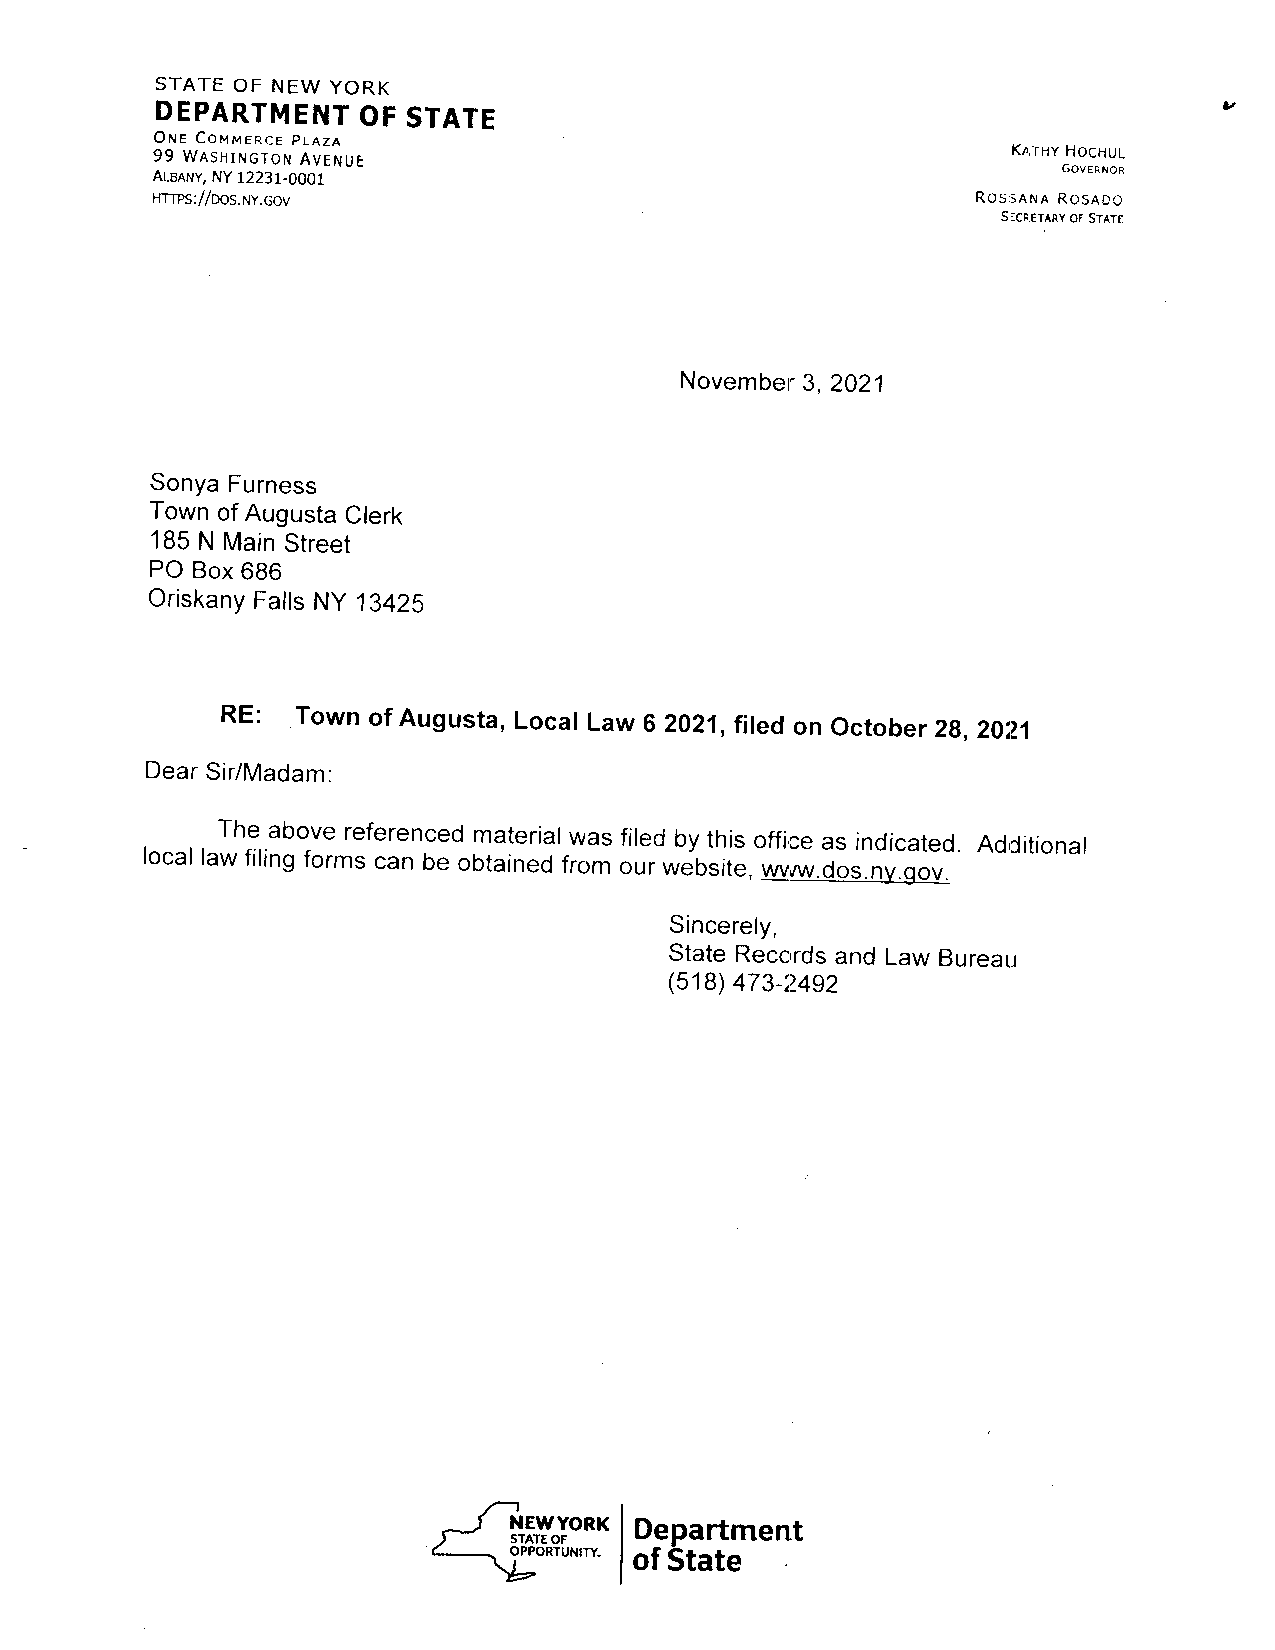
STATE OF NEW YORK
 DEPARTMENOTF
 S TATE
 OrueC ourqrncEp LAzA
 99 WASHINGTOANV ENUE                                     K,.THYH ocHUL
 ALBANNy,Y 12231-0001                                        GoV ER N oR
 HTTps://Dos.Ny.cov                                     ROssANAR OSAOC
 SEcT.ETAoRFSy T^TE
 Novembe3r ,2021
 SonyaF urness
 Towno f AugustaC lerk
 185N MainS treet
 PO Box6 86
 OriskanyF altsN y 13425
 RE:  Town of Augusta, Locar Law 6 zo2l,fired on october 2g.20121
 DearS ir/Madam.
 The abover eferencedm ateriawl as filedb ythis officea s indicated.A dcitionerl
 locall awf ilingf ormsc an be obtainedf rom or,.* "brite, wvrw.dos.ny.gov.
 Sincerely,
 StateR ecc,rdas nd Law Bureau
 (518)4 73_12492
 -l
 J    NEwyoRK Department
 )    STATEO F
 \rOP=PORTUNITY. of State